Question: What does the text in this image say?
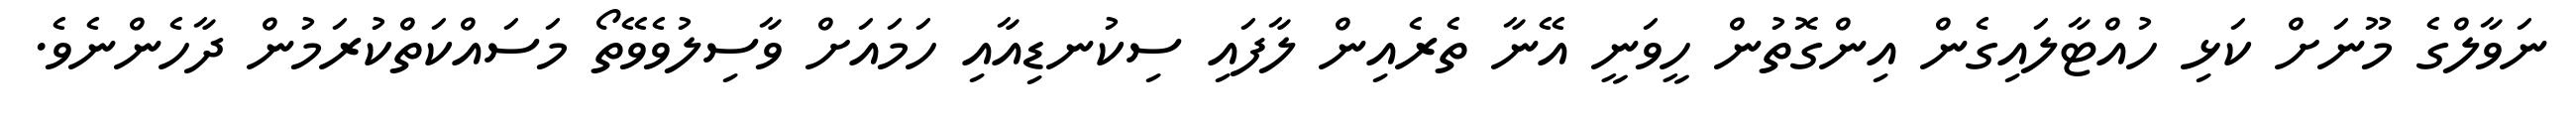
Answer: ނަވާލްގެ މޫނަށް ކަޅި ހުއްޓާލައިގެން އިންގޮތުން ހީވަނީ އޭނާ ތެރެއިން ލާފައި ސިކުނޑިއާއި ހަމައަށް ވާސިލުވެވޭތޯ މަސައްކަތްކުރަމުން ދާހެންނެވެ.